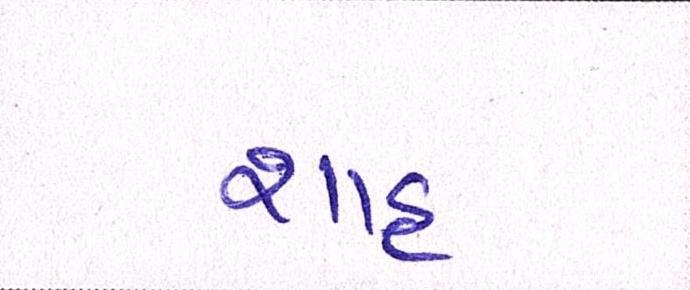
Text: શાહઃ